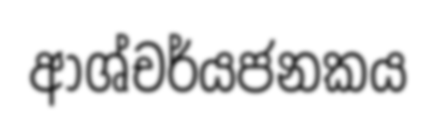
ආශ්චර්යජනකය